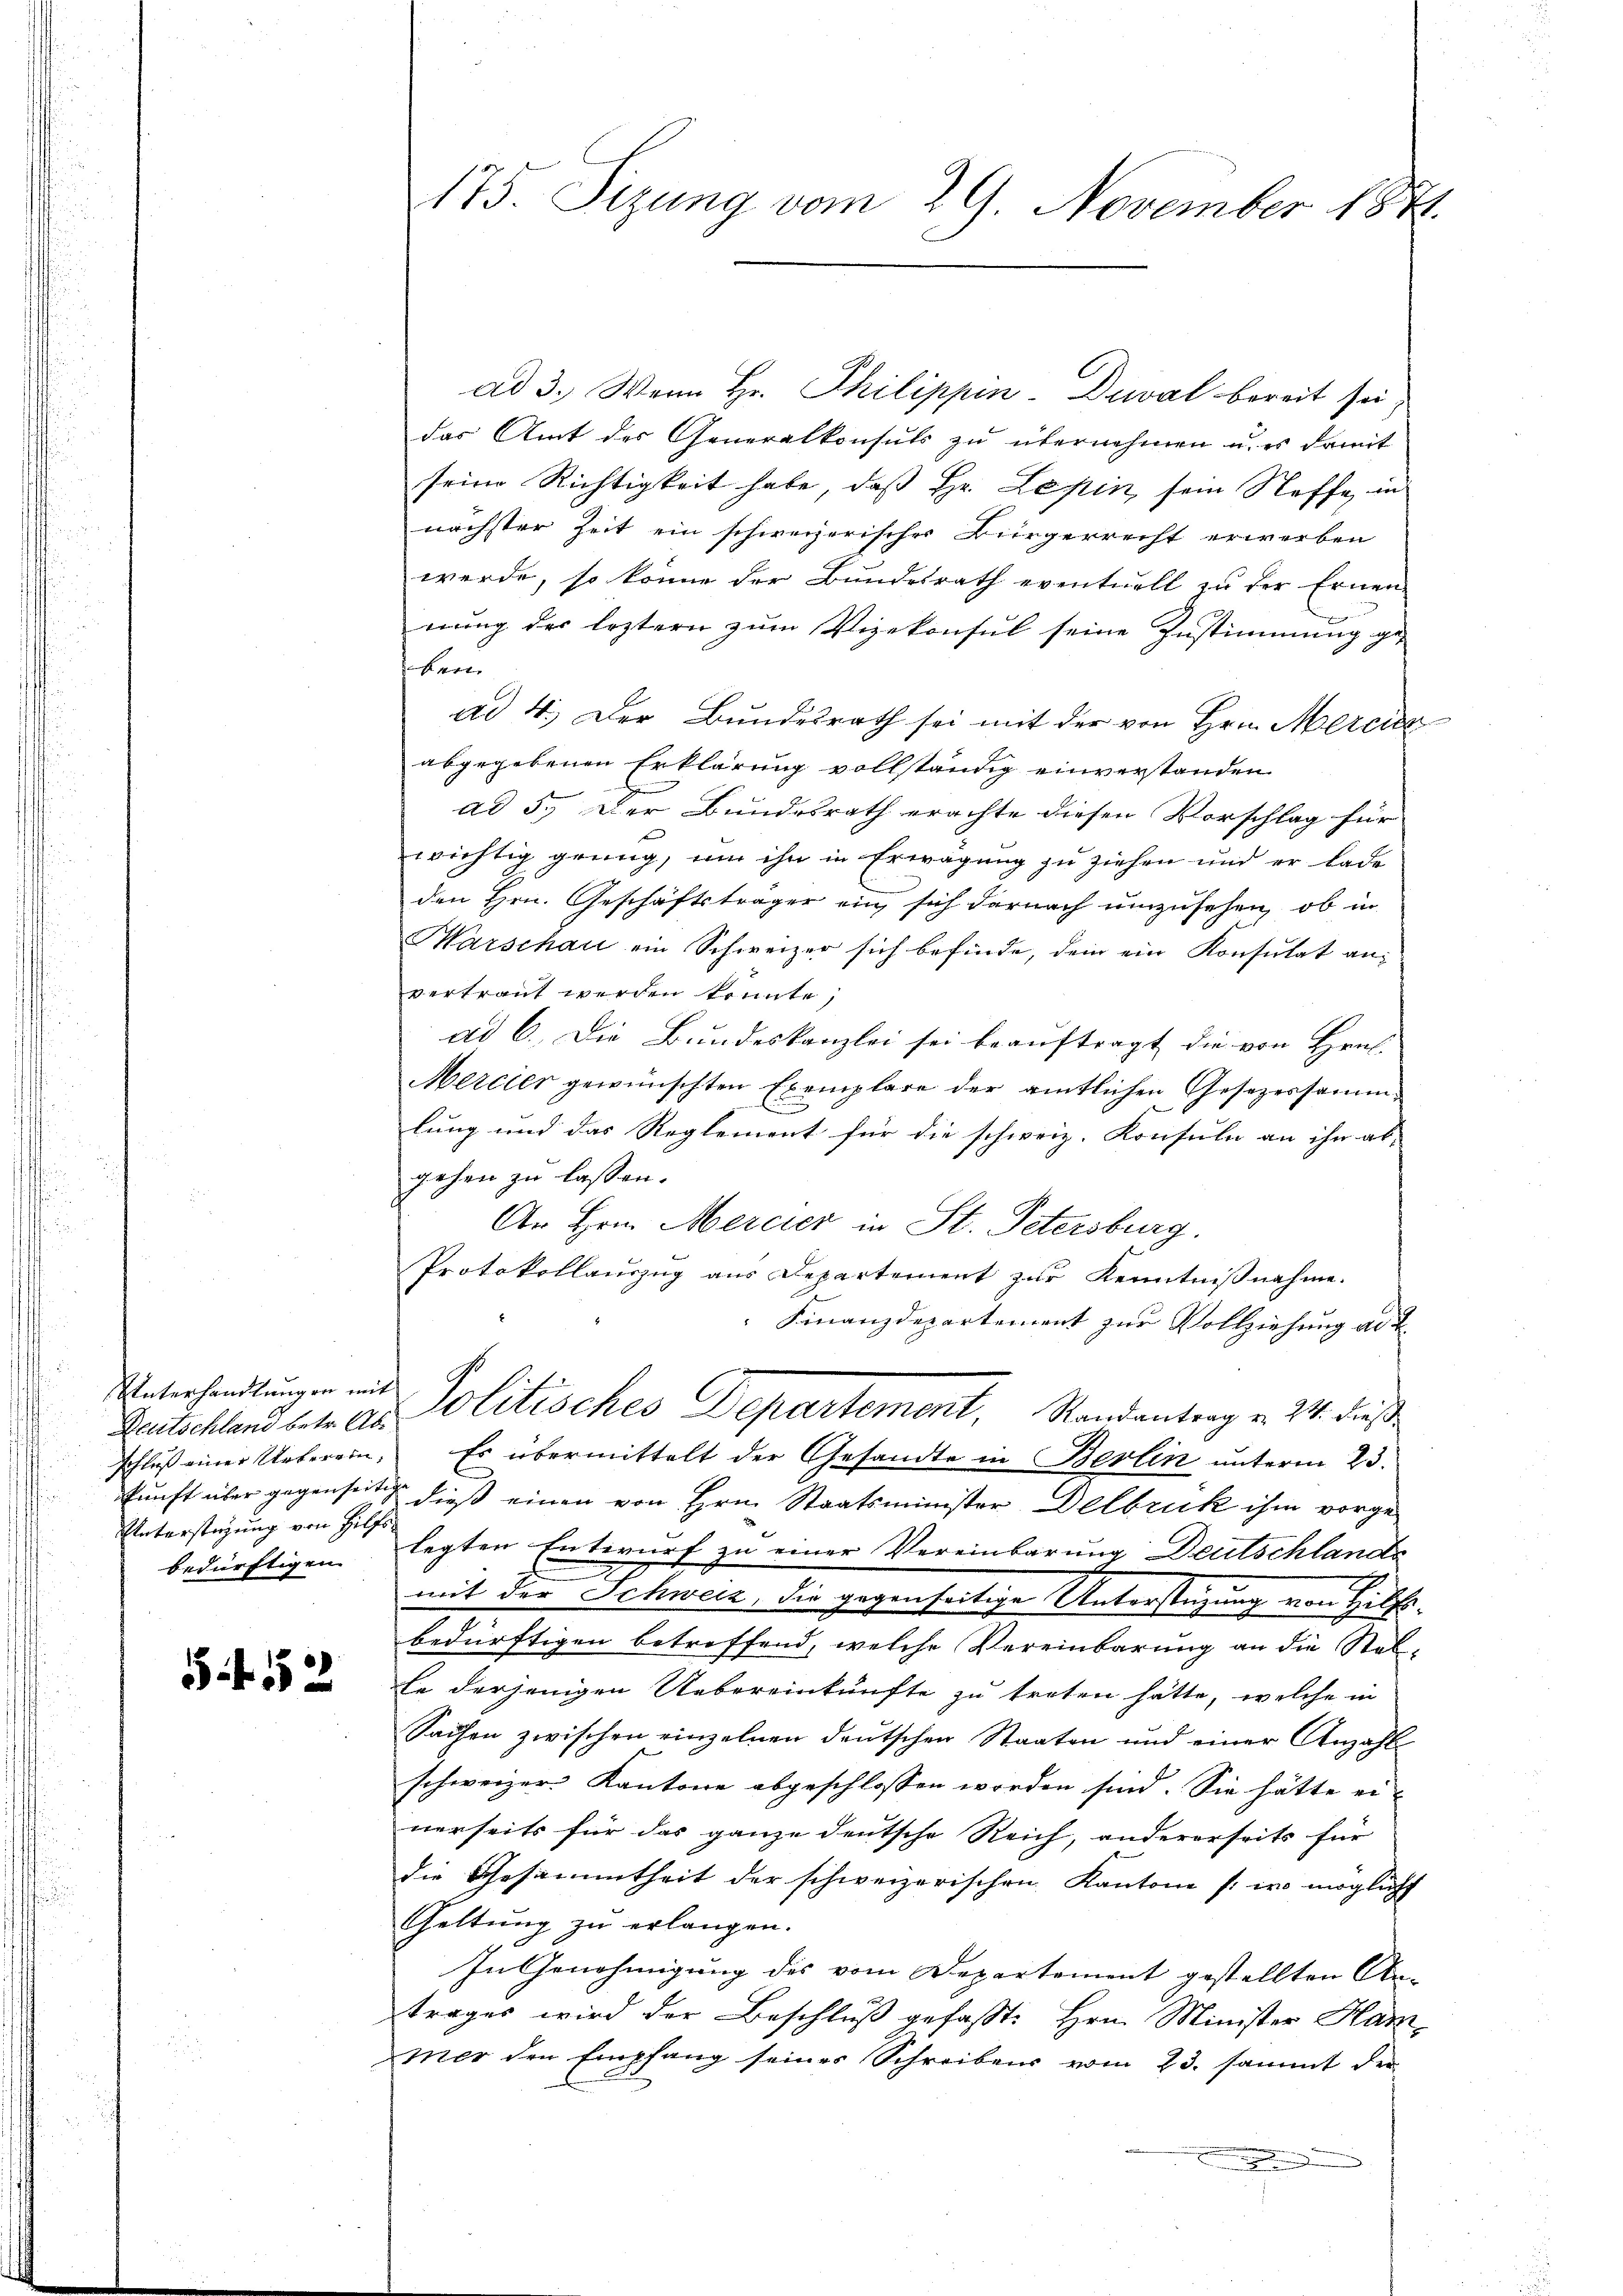
Unterhandlungen mit
Unterstüzung von Hilfs
bedürftigen.

5552

ad 3. Wenn Hr. Philippin-Duwal bereit sei,
das Amt des Generalkonsuls zu übernehmen u. es damit
seine Richtigkeit habe, daß Hr. Lepin, sein Steffe, in
nächster Zeit ein schweizerischer Bürgerrecht erwerben
werde, so könne der Bundesrath eventuell zu der Ernen-
un
nung der leztern zum Vizekonsul seine Zustimmung ge-
ken
ad 4. Der Bundesrath sei mit der von Hrn. Merciz
abgegebenen Erklärung vollständig einverstanden
ad 5. Der Bundesrath erachte diesen Vorschlag für
wichtig grung, um ihn in Erwägung zu ziehen und er lade
den Hrn. Geschäftsträger ein, sich darnach umzusehen, ob in
Warschau ein Schweizer sich befinde, dem ein Konsulat anvertraut werden könnte;
ad 6. Die Bundeskanzlei sei beauftragt die von Hrn. |
Mercier gewünschten Exemplare der amtlichen Gesezessamm-
lung und das Reglement für die schweiz. Konsuln an ihn ab- |
gehen zu lassen.
An Hrn. Mercier in St. Petersburg.
Protokollauszug aus Departement zur Kenntnißnahme.
Finanzdepartement zur Vollziehung ad 2.
Grutschland betr. Ad Politisches Departement, Randantrag v. 24. dieß
schluß einer Ueberein. Es übermittelt der Gesandte in Berlin unterm 23.
kunft über gegenseit dieß einen von Hrn. Staatsminister Delbruk ihm vorgelegten Entwurf zu einer Vereinbarung Deutschlands
mit der Schweiz, die gegenseitige Unterstüzung von Hilfsbedürftigen betreffend, welche Vereinbarung an die Stel-
Ee derjenigen Uebereinkünfte zu treten hätte, welche in
Sachen zwischen einzelnen deŭtschen Staaten und einer Anzahl
schweizer Kantone abgeschlossen worden sind. Sie hätte ei-
nerseits für das ganze deutsche Reich, andererseits für
die Gesammtheit der schweizerischen Kantone /: wo möglicht
Geltung zu erlangen.
x
In Genehmigung des vom Departement gestellten An-
trages wird der Beschluß gefasst: Hrn. Minister Hammer den Empfang seines Schreibens vom 23. sammt der
.

175. Sizung vom 29. November 1871.